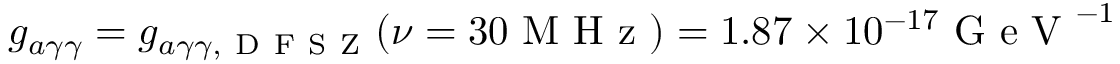
g _ { a \gamma \gamma } = g _ { a \gamma \gamma , \mathrm { ~ D ~ F ~ S ~ Z ~ } } ( \nu = 3 0 \mathrm { ~ M ~ H ~ z ~ } ) = 1 . 8 7 \times 1 0 ^ { - 1 7 } \mathrm { ~ G ~ e ~ V ~ } ^ { - 1 }